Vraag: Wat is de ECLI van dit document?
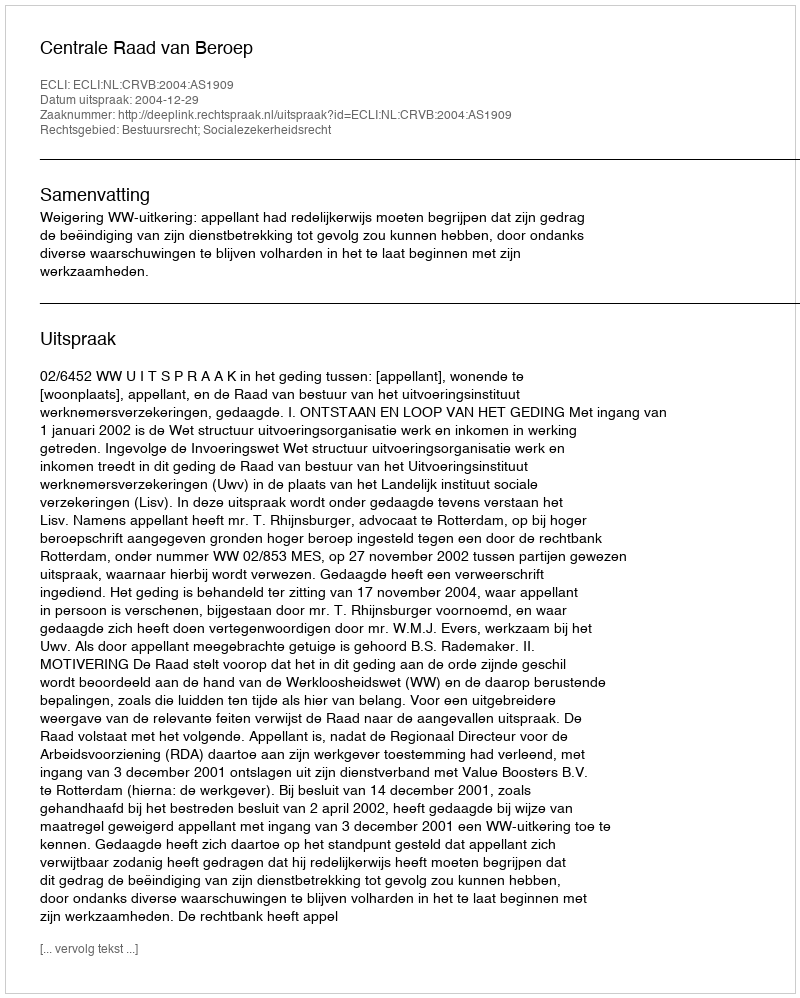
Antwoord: ECLI:NL:CRVB:2004:AS1909